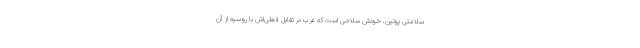
سلامتی پوتین، خودش سلاحی است که غرب در تقابل فعلی‌اش با روسیه از آن